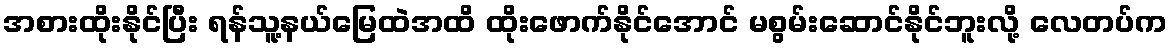
အစားထိုးနိုင်ပြီး ရန်သူ့နယ်မြေထဲအထိ ထိုးဖောက်နိုင်အောင် မစွမ်းဆောင်နိုင်ဘူးလို့ လေတပ်က